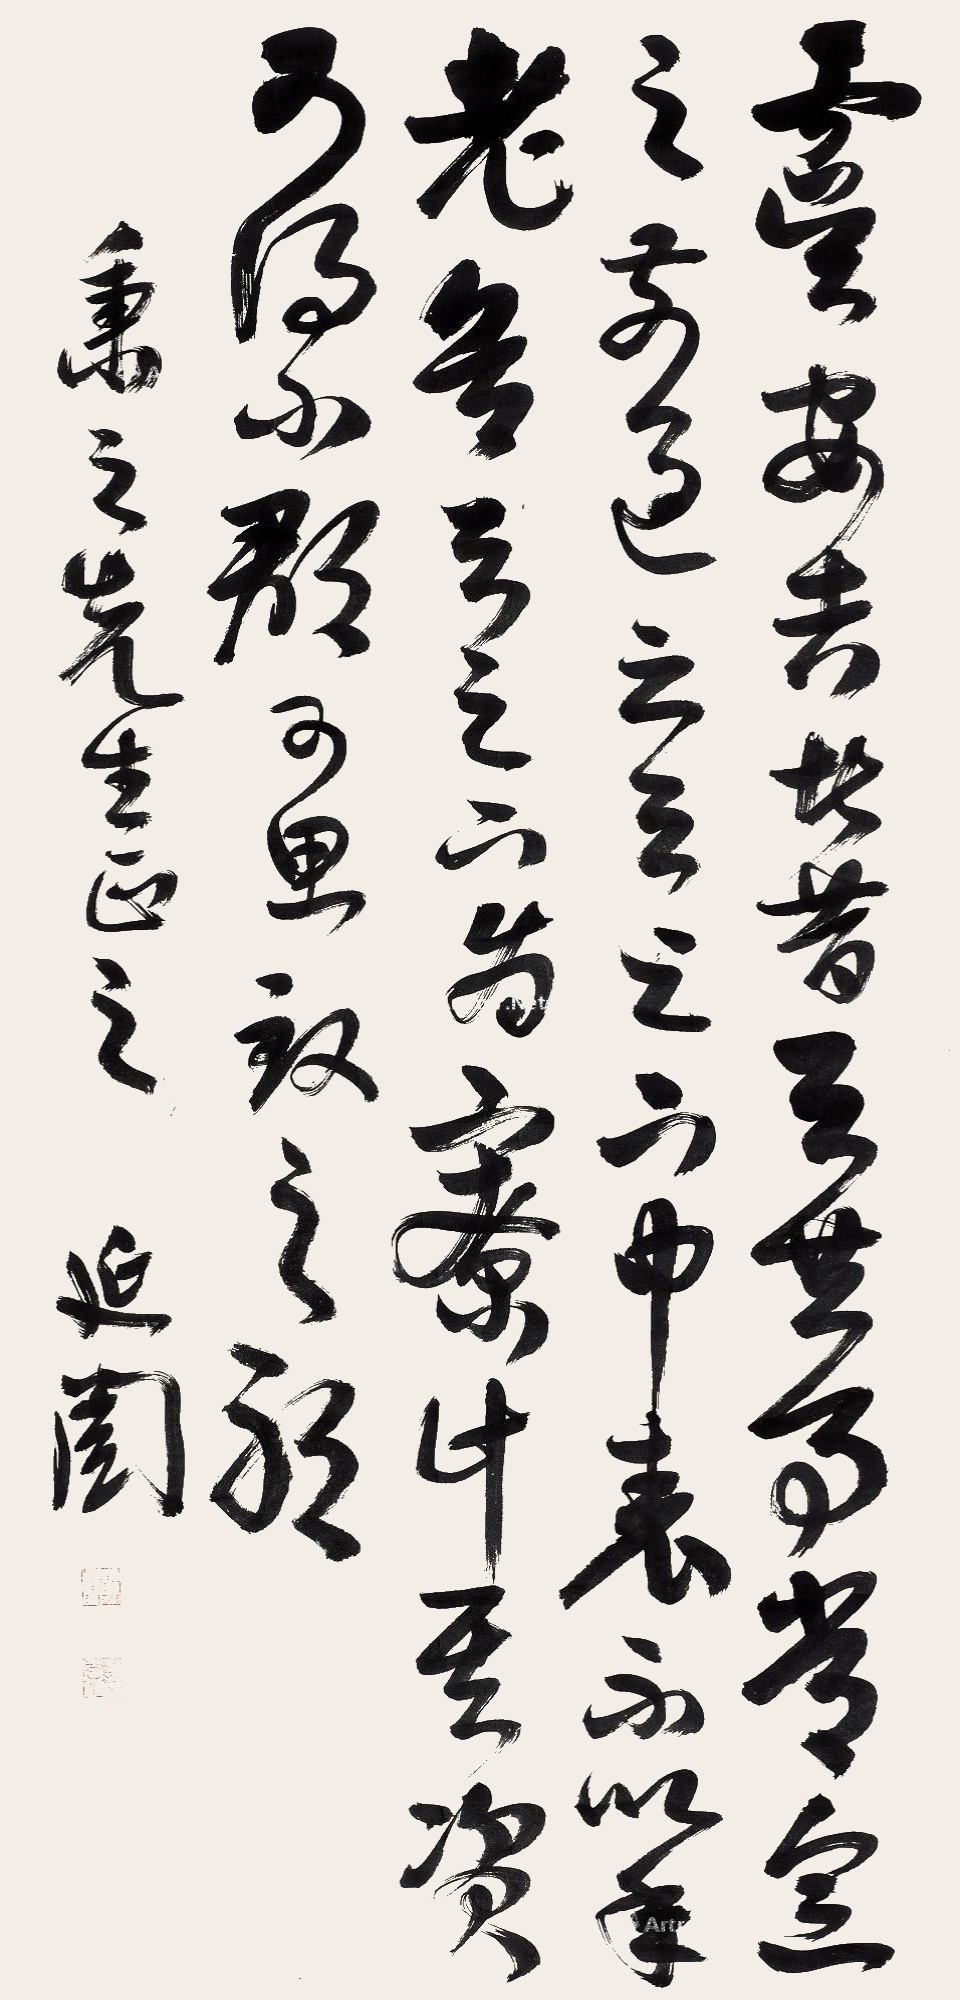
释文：虞安吉者，昔与共事，常念之。今为殿中将军，前过云：与足下中表，不以年老，甚欲与足下为下寮。计其资可得小郡，足下可思致之耶?秉之先生正之。延闿。